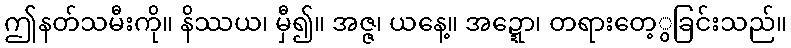
ဤနတ်သမီးကို။ နိဿယ၊ မှီ၍။ အဇ္ဇ၊ ယနေ့။ အဍ္ဍော၊ တရားတေ့ွခြင်းသည်။